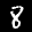
Label: 8